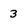
Character: 3